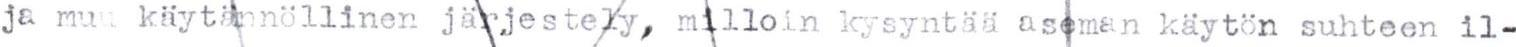
ja muu käytännöllinen järjestely, milloin kysyntää aseman käytön suhteen il-